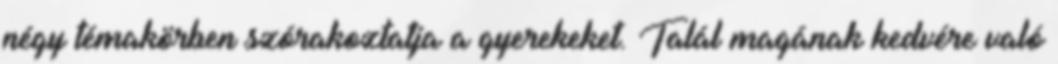
négy témakörben szórakoztatja a gyerekeket. Talál magának kedvére való